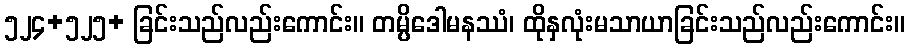
၅၂၄+၅၂၅+ ခြင်းသည်လည်းကောင်း။ တမ္ပိဒေါမနဿံ၊ ထိုနှလုံးမသာယာခြင်းသည်လည်းကောင်း။